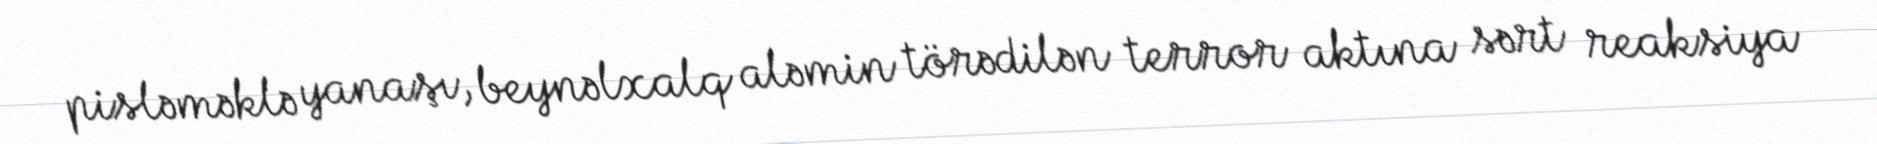
pisləməklə yanaşı, beynəlxalq aləmin törədilən terror aktına sərt reaksiya